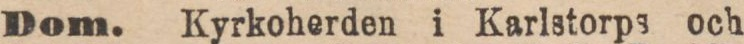
Dom. Kyrkoherden i Karlstorps och